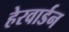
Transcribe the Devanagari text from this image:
हेरवार्डन